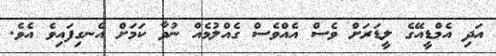
އަދި އެމްޑީއޭގެ ލީޑަރަށް ވެސް އެއްްވެސް ގެއްލުމެއް ނުވާ ކަމަށް އެެނގިފައިވެ އެވެ.